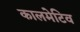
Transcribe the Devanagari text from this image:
कालमेटिव